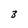
Character: 3